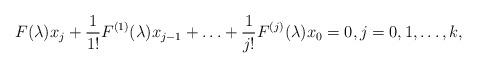
LaTeX: \begin{align*}F(\lambda)x_j + \frac{1}{1!} F^{(1)}(\lambda)x_{j-1}+ \ldots + \frac{1}{j!} F^{(j)}(\lambda) x_0 = 0, j = 0, 1, \ldots, k,\end{align*}